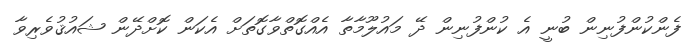
ފެންކުންފުނިން ބުނީ އެ ކުންފުނިން ދޭ މައުލޫމާތާ އެއްގޮތްވާގޮތަށް އެކަން ކޮށްދޭން ޝައުޤުވެރިވާ